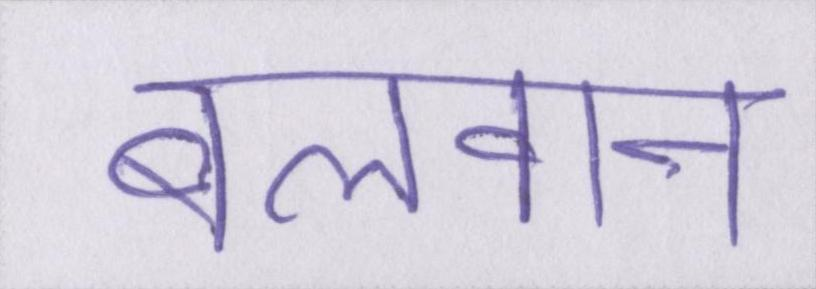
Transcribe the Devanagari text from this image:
बलवान